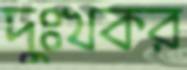
দুঃখকর